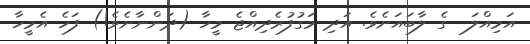
އަމިއްލަ  ގެ ލާބައަށެވެ. އަދި މަގުފުރެދިއްޖެ މީހާ (ދަންނާށެވެ!) ފަހެ އެމީހާ